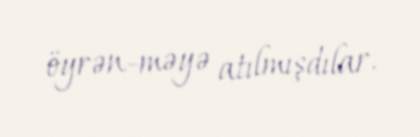
öyrən-məyə atılmışdılar.